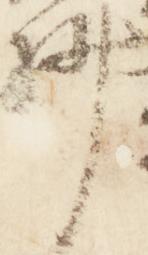
抄